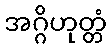
အဂ္ဂိဟုတ္တံ